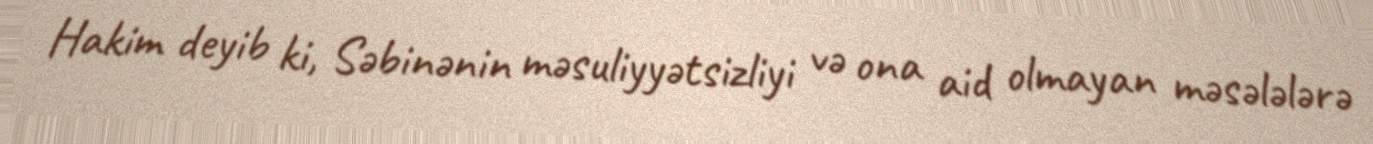
Hakim deyib ki, Səbinənin məsuliyyətsizliyi və ona aid olmayan məsələlərə